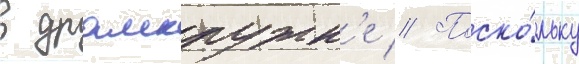
в драмкружк'е // Поско́льку